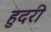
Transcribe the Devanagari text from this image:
हुदरी